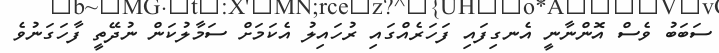
ސަބަބު ވެސް އޮންނާނީ އެނގިފައި ފަހަރެއްގައި ރުހައިލު އެކަމަށް ސަމާލުކަން ނުދޭތީ ފާހަގަނުވެ